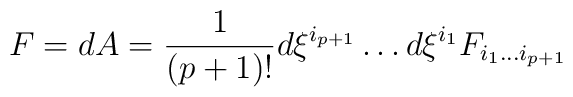
F=dA={1\over (p+1)!}d\xi^{i_{p+1}}\dots d\xi^{i_1}F_{i_1\dots i_{p+1}}